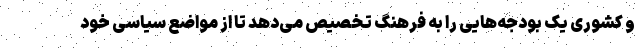
و کشوری یک بودجه‌هایی را به فرهنگ تخصیص می‌دهد تا از مواضع سیاسی خود